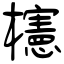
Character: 櫶